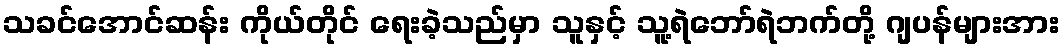
သခင်အောင်ဆန်း ကိုယ်တိုင် ရေးခဲ့သည်မှာ သူနှင့် သူ့ရဲဘော်ရဲဘက်တို့ ဂျပန်များအား